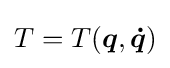
T=T({\boldsymbol {q}},{\boldsymbol {\dot {q}}})